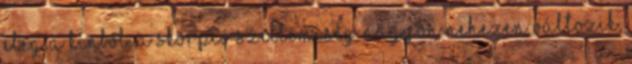
elég a kínból. A Skorpió szellemiség nagyon nehezen változik,